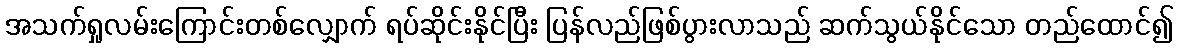
အသက်ရှုလမ်းကြောင်းတစ်လျှောက် ရပ်ဆိုင်းနိုင်ပြီး ပြန်လည်ဖြစ်ပွားလာသည် ဆက်သွယ်နိုင်သော တည်ထောင်၍